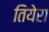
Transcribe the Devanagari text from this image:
तियेरा